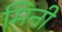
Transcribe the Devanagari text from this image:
मिनी